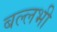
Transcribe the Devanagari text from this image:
बल्‍लभी